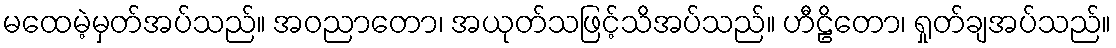
မထေမဲ့မှတ်အပ်သည်။ အဝညာတော၊ အယုတ်သဖြင့်သိအပ်သည်။ ဟီဠိတော၊ ရှုတ်ချအပ်သည်။